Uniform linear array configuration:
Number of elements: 4
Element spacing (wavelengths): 0.25
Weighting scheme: exponential
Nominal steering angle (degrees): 0
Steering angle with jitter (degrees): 1.024
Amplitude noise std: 0.05
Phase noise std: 0.05

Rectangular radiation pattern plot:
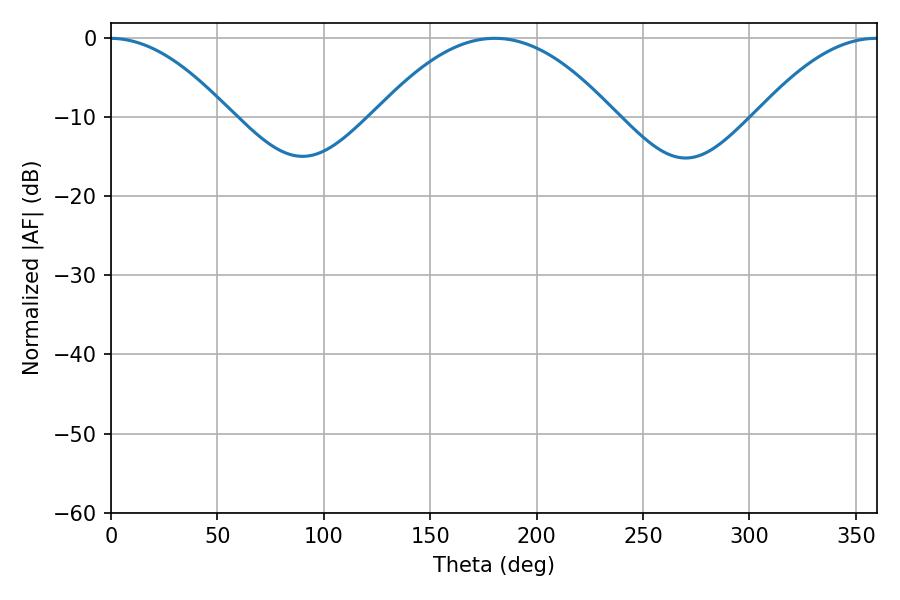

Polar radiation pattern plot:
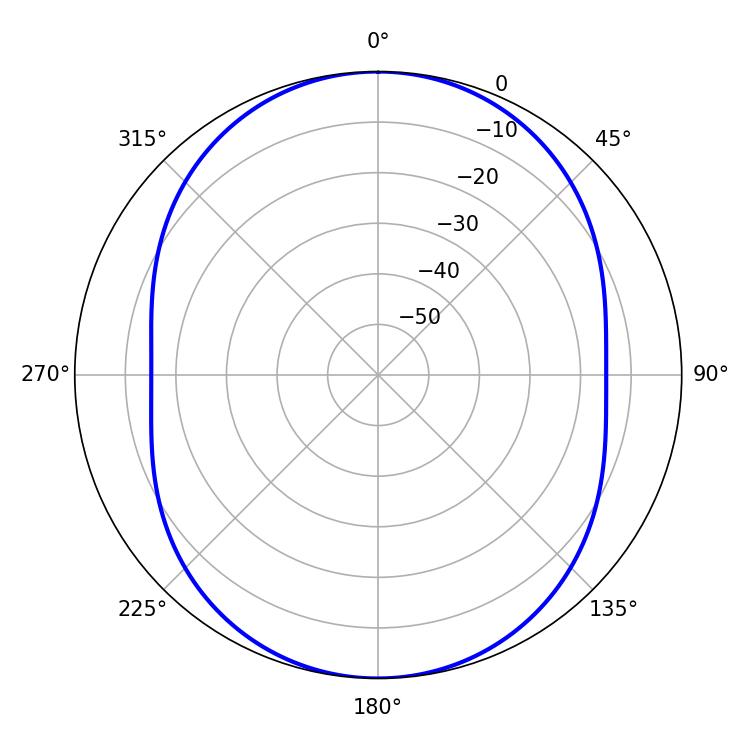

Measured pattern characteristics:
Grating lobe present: FALSE
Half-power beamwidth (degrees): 61.56
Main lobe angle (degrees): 180.36